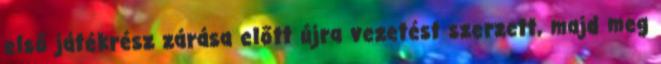
első játékrész zárása előtt újra vezetést szerzett, majd meg